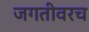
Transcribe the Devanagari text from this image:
जगतीवरच